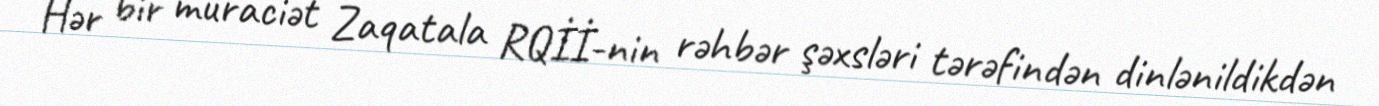
Hər bir müraciət Zaqatala RQİİ-nin rəhbər şəxsləri tərəfindən dinlənildikdən